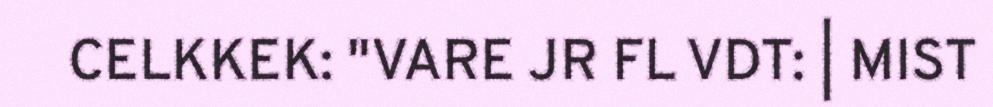
CELKKEK: "VARE JR FL VDT: | MIST